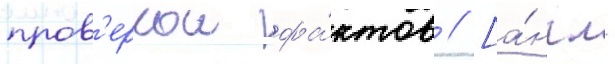
пров'еркои фа́ктов // [а́нгл.